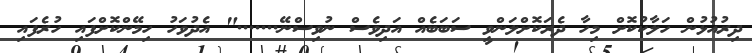
ދިރުއުޅުން ހަލާކުކޮށް މިހާ ދެރަކޮށްލަންވީ ސަބަބެއް އަދިވެސް ނުވިސްނޭ......." އެދުވަހު ހިމޭންކޮށްފައި ހުރެފައި